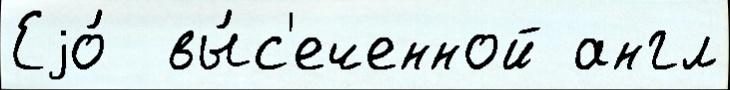
Еjо́  вы́с'еченной англ